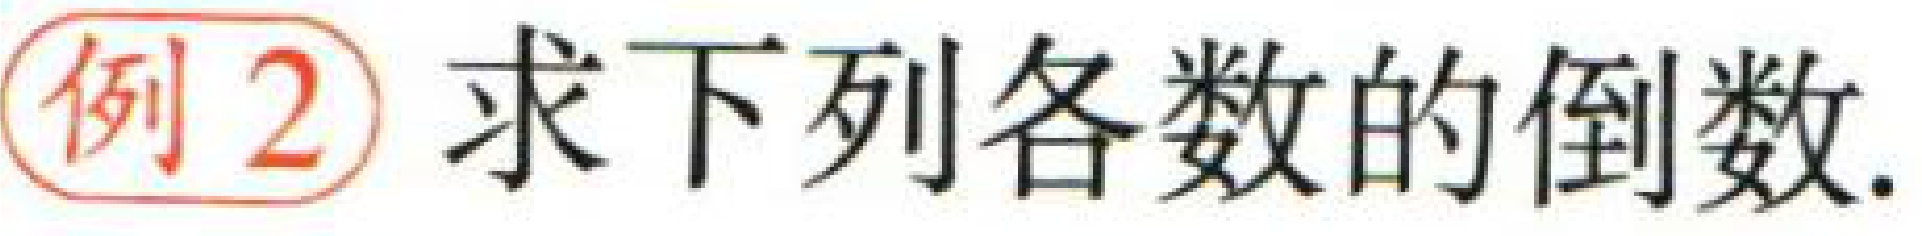
例2 求下列各数的倒数.